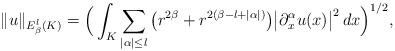
LaTeX: \begin{align*} \| u\|_{E_\beta^l(K)} = \Big( \int_K \sum_{|\alpha|\le l} \big( r^{2\beta}+r^{2(\beta-l+|\alpha|)}\big)\big| \partial_x^\alpha u(x)\big|^2\, dx\Big)^{1/2},\end{align*}